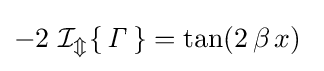
-2\,\operatorname {\mathcal {I_{m}}} \{\,{\mathit {\Gamma }}\,\}=\tan(2\,\beta \,x)~